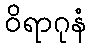
ဝိရာဂုနံ